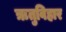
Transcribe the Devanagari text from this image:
ऋतुविहार